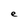
Character: e